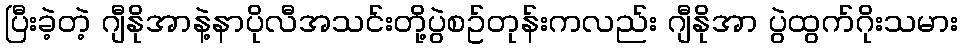
ပြီးခဲ့တဲ့ ဂျီနိုအာနဲ့နာပိုလီအသင်းတို့ပွဲစဥ်တုန်းကလည်း ဂျီနိုအာ ပွဲထွက်ဂိုးသမား